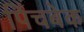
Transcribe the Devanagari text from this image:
पिंचबेक